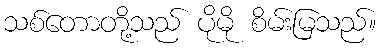
သစ်တောတို့သည် ပိုမို စိမ်းမြသည်။